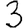
Digit: 3